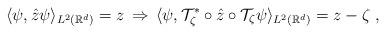
LaTeX: \begin{align*}\langle \psi,\hat z\psi\rangle_{L^2(\mathbb{R}^d)}=z\,\Rightarrow \, \langle \psi,\mathcal{T}^*_\zeta\circ \hat z\circ \mathcal{T}_\zeta\psi\rangle_{L^2(\mathbb{R}^d)}=z-\zeta \ ,\end{align*}